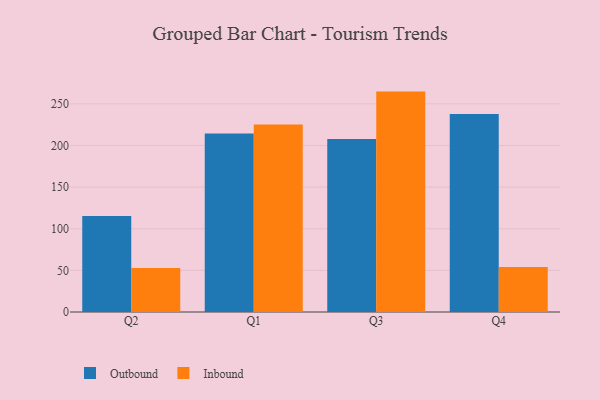
{"axis": {"x": "Quarter", "y": "Tickets Resolved"}, "legend": ["Inbound", "Outbound"], "data": [{"x": "Q2", "y": 115.2, "type": "Outbound"}, {"x": "Q2", "y": 52.7, "type": "Inbound"}, {"x": "Q1", "y": 214.4, "type": "Outbound"}, {"x": "Q1", "y": 225.1, "type": "Inbound"}, {"x": "Q3", "y": 207.8, "type": "Outbound"}, {"x": "Q3", "y": 264.7, "type": "Inbound"}, {"x": "Q4", "y": 237.7, "type": "Outbound"}, {"x": "Q4", "y": 54.0, "type": "Inbound"}]}